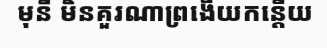
មុនី មិនគួរណាព្រងើយកន្តើយ